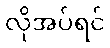
လိုအပ်ရင်